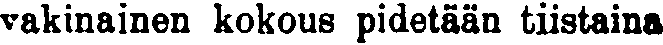
vakinainen kokous pidetään tiistaina